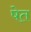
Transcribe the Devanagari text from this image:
षेत